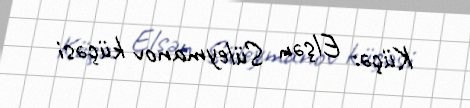
Küçə: Elşən Süleymanov küçəsi